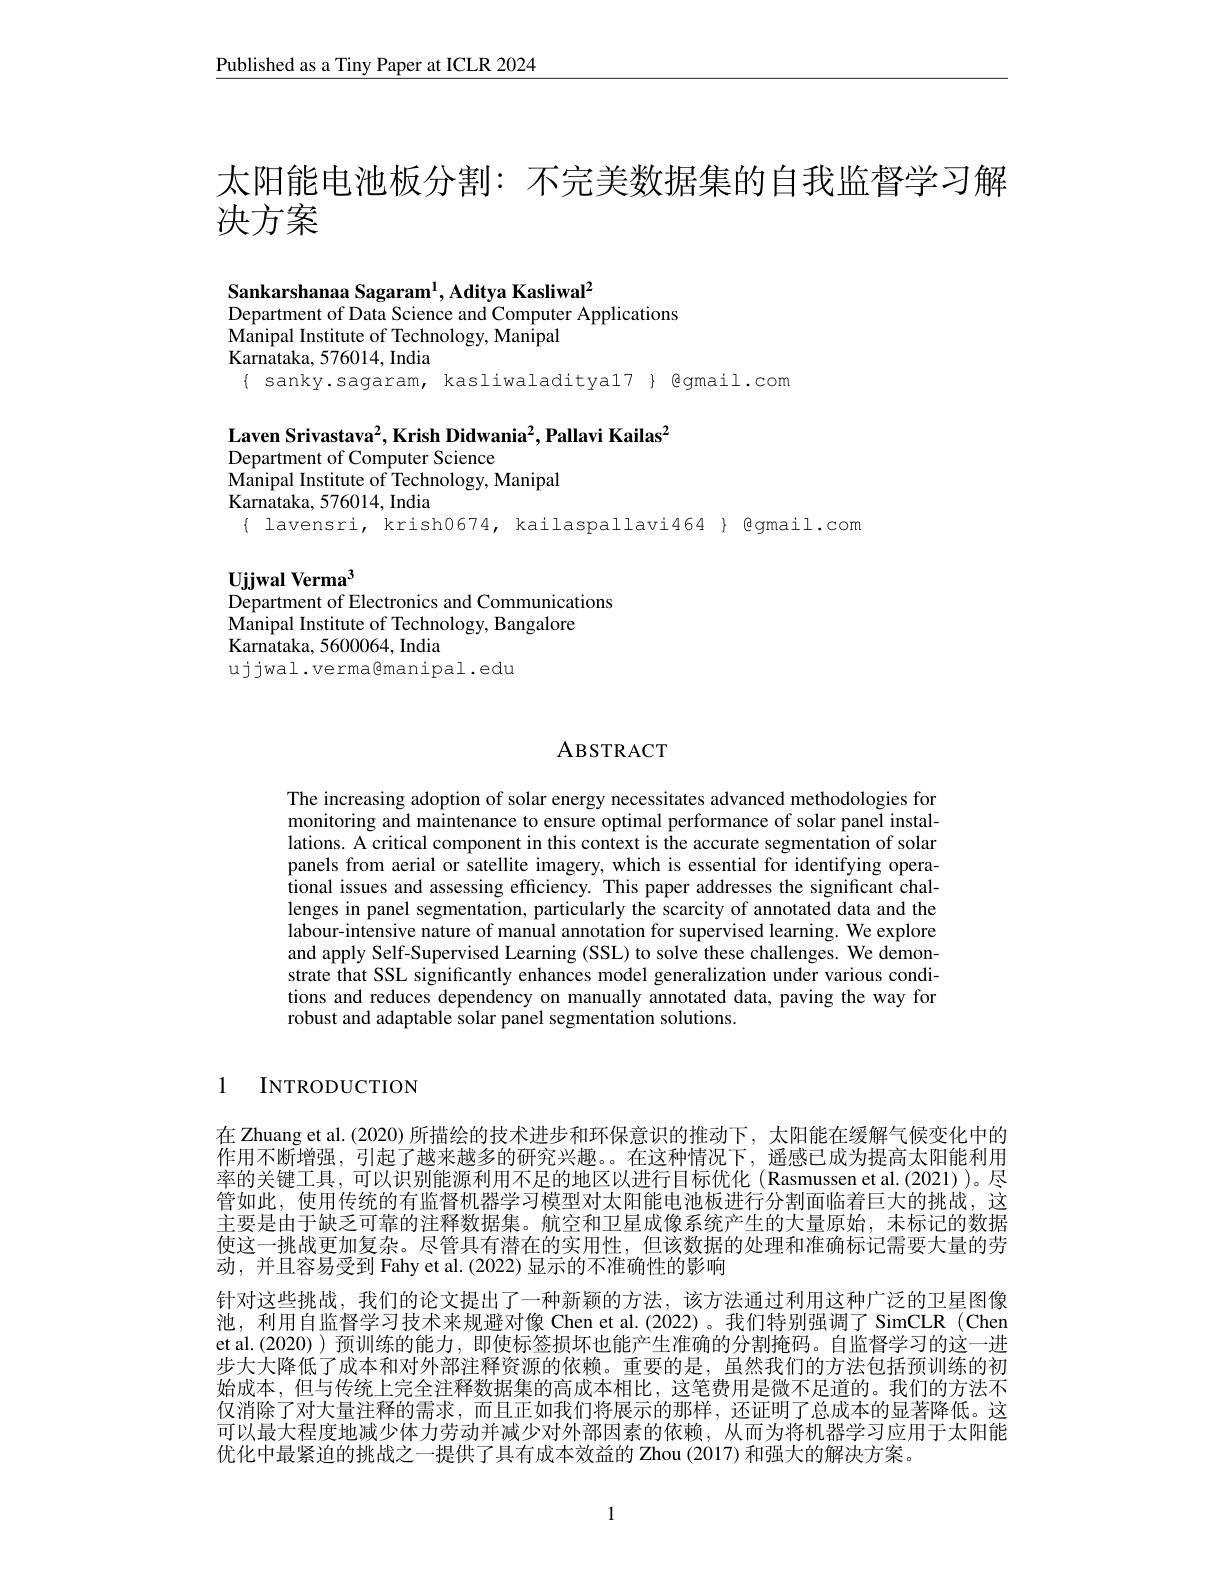
$\underline{\text{Published as a Tiny Paper at ICLR 2024}}$

太阳能电池板分割：不完美数据集的自我监督学习解
决方案

Sankarshanaa Sagaram$^1$,Aditya Kasliwal$^2$
Department of Data Science and Computer Applications
Manipal Institute of Technology, Manipal
Karnataka, 576014, India
$\{$ sanky.sagaram, kasliwaladitya17}{@gmail.com

Laven Srivastava$^2$,Krish Didwania$^2$,Pallavi Kailas$^2$
Department of Computer Science
Manipal Institute of Technology, Manipal
$\bar{\text{Karnataka, 576014, India}}$
$\{ lavensri, krish0674, kailaspallavi464 \} @gmail.com$

Ujjwal Verma$^{3}$

Department of Electronics and Communications
$\hat{\text{Manipal Institute of Technology, Bangalore}}$
Karnataka, 5600064, India
ujjwal.verma@manipal.edu

## ABSTRACT

The increasing adoption of solar energy necessitates advanced methodologies for monitoring and maintenance to ensure optimal performance of solar panel installations. A critical component in this context is the accurate segmentation of solar panels from aerial or satellite imagery, which is essential for identifying operational issues and assessing efficiency. This paper addresses the significant challenges in panel segmentation, particularly the scarcity of annotated data and the labour-intensive nature of manual annotation for supervised learning. We explore and apply Self-Supervised Learning (SSL) to solve these challenges. We demonstrate that SSL significantly enhances model generalization under various conditions and reduces dependency on manually annotated data, paving the way for robust and adaptable solar panel segmentation solutions.

1 INTRODUCTION

在 Zhuang et al. (2020) 所描绘的技术进步和环保意识的推动下，太阳能在缓解气候变化中的作用不断增强，引起了越来越多的研究兴趣。。在这种情况下，遥感已成为提高太阳能利用率的关键工具，可以识别能源利用不足的地区以进行目标优化(Rasmussen et al.(2021))。尽管如此，使用传统的有监督机器学习模型对太阳能电池板进行分割面临着巨大的挑战，这主要是由于缺乏可靠的注释数据集。航空和卫星成像系统产生的大量原始，未标记的数据使这一挑战更加复杂。尽管具有潜在的实用性，但该数据的处理和准确标记需要大量的劳动，并且容易受到 Fahy et al. (2022) 显示的不准确性的影响
针对这些挑战，我们的论文提出了一种新颖的方法，该方法通过利用这种广泛的卫星图像池，利用自监督学习技术来规避对像 Chen et al.(2022)。我们特别强调了 SimCLR (Chen et al.(2020))预训练的能力，即使标签损坏也能产生准确的分割掩码。自监督学习的这一进步大大降低了成本和对外部注释资源的依赖。重要的是，虽然我们的方法包括预训练的初始成本，但与传统上完全注释数据集的高成本相比，这笔费用是微不足道的。我们的方法不仅消除了对大量注释的需求，而且正如我们将展示的那样，还证明了总成本的显著降低。这可以最大程度地减少体力劳动并减少对外部因素的依赖，从而为将机器学习应用于太阳能优化中最紧迫的挑战之一提供了具有成本效益的 Zhou (2017) 和强大的解决方案。

1